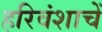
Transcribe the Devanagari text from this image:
हरिवंशाचें